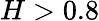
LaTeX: H>0.8